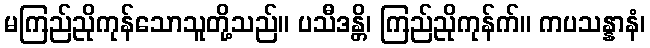
မကြည်ညိုကုန်သောသူတို့သည်။ ပသီဒန္တိ၊ ကြည်ညိုကုန်က်။ ကပသန္နာနံ၊